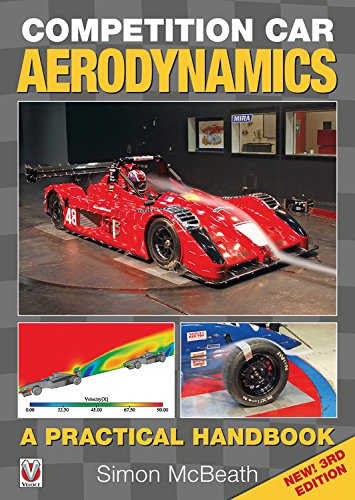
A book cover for Competition Car Aerodynamics, New 3rd Edition: A Practical Handbook; Simon McBeath; Engineering & Transportation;